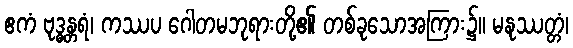
ဧကံ ဗုဒ္ဓန္တရံ၊ ကဿပ ဂေါတမဘုရားတို့၏ တစ်ခုသောအကြား၌။ မနုဿတ္တံ၊